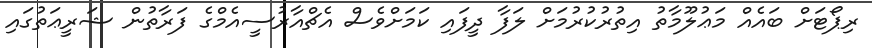
ރިޕޯޓަށް ބައެއް މަޢުލޫމާތު އިތުރުކުރުމަށް ލަފާ ދީފައި ކަމަށްވެސް އެޗްއާރުސީއެމްގެ ފަރާތުން ޝަރީޢަތުގައި